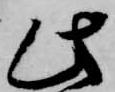
此